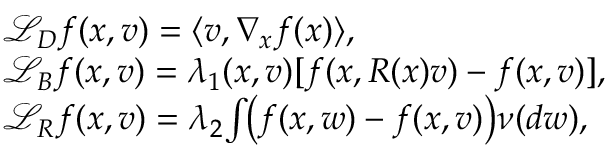
\begin{array} { r l } & { \mathcal { L } _ { D } f ( x , v ) = \langle v , \nabla _ { x } f ( x ) \rangle , } \\ & { \mathcal { L } _ { B } f ( x , v ) = \lambda _ { 1 } ( x , v ) [ f ( x , R ( x ) v ) - f ( x , v ) ] , } \\ & { \mathcal { L } _ { R } f ( x , v ) = \lambda _ { 2 } \! \int \! \! \big ( f ( x , w ) - f ( x , v ) \big ) \nu ( d w ) , } \end{array}